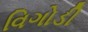
વિગોડી